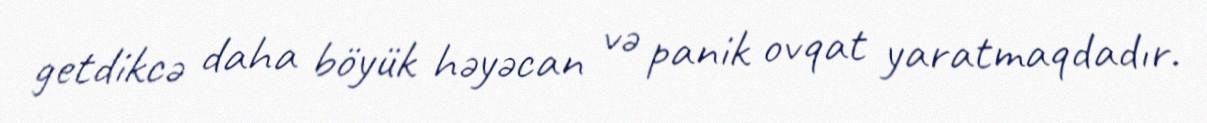
getdikcə daha böyük həyəcan və panik ovqat yaratmaqdadır.